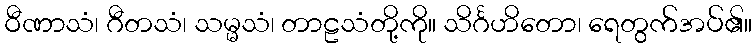
ဝီဏာသံ၊ ဂီတသံ၊ သမ္မသံ၊ တာဠသံတို့ကို။ သိင်္ဂဟိတော၊ ရေတွက်အပ်၏။